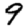
Digit: 9